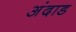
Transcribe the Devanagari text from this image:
अंदाड